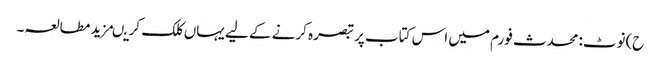
ح)نوٹ:محدث فورم میں اس کتاب پر تبصرہ کرنے کے لیے یہاں کلک کریںمزید مطالعہ۔